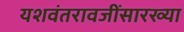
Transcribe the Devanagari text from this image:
यशवंतरावजींसारख्या